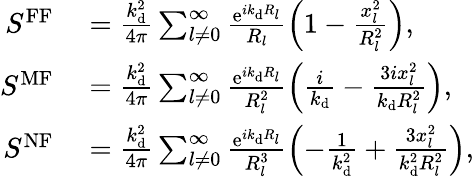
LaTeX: \begin{array}{rl}{S^{\mathrm{FF}}}&{{}=\frac{k_{\mathrm{d}}^{2}}{4\pi}\sum_{l\neq 0}^{\infty}\frac{\mathrm{e}^{ik_{\mathrm{d}}R_{l}}}{R_{l}}\left(1-\frac{x_{l}^{2}}{R_{l}^{2}}\right),}\\ {S^{\mathrm{MF}}}&{{}=\frac{k_{\mathrm{d}}^{2}}{4\pi}\sum_{l\neq 0}^{\infty}\frac{\mathrm{e}^{ik_{\mathrm{d}}R_{l}}}{R_{l}^{2}}\left(\frac{i}{k_{\mathrm{d}}}-\frac{3ix_{l}^{2}}{k_{\mathrm{d}}R_{l}^{2}}\right),}\\ {S^{\mathrm{NF}}}&{{}=\frac{k_{\mathrm{d}}^{2}}{4\pi}\sum_{l\neq 0}^{\infty}\frac{\mathrm{e}^{ik_{\mathrm{d}}R_{l}}}{R_{l}^{3}}\left(-\frac{1}{k_{\mathrm{d}}^{2}}+\frac{3x_{l}^{2}}{k_{\mathrm{d}}^{2}R_{l}^{2}}\right),}\end{array}